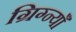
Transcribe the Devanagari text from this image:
ग्रिग्न्याँ